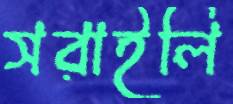
সরাইলি